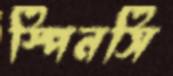
স্পিনসি